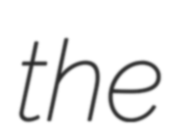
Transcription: the